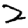
Digit: 2